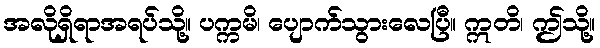
အလိုရှိရာအရပ်သို့။ ပက္ကမိ၊ ပျောက်သွားလေပြီ။ ဣတိ၊ ဤသို့။